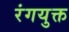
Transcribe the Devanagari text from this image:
रंगयुक्त